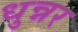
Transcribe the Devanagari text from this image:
धुन्नर